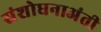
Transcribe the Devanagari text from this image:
संशोधनाअंती